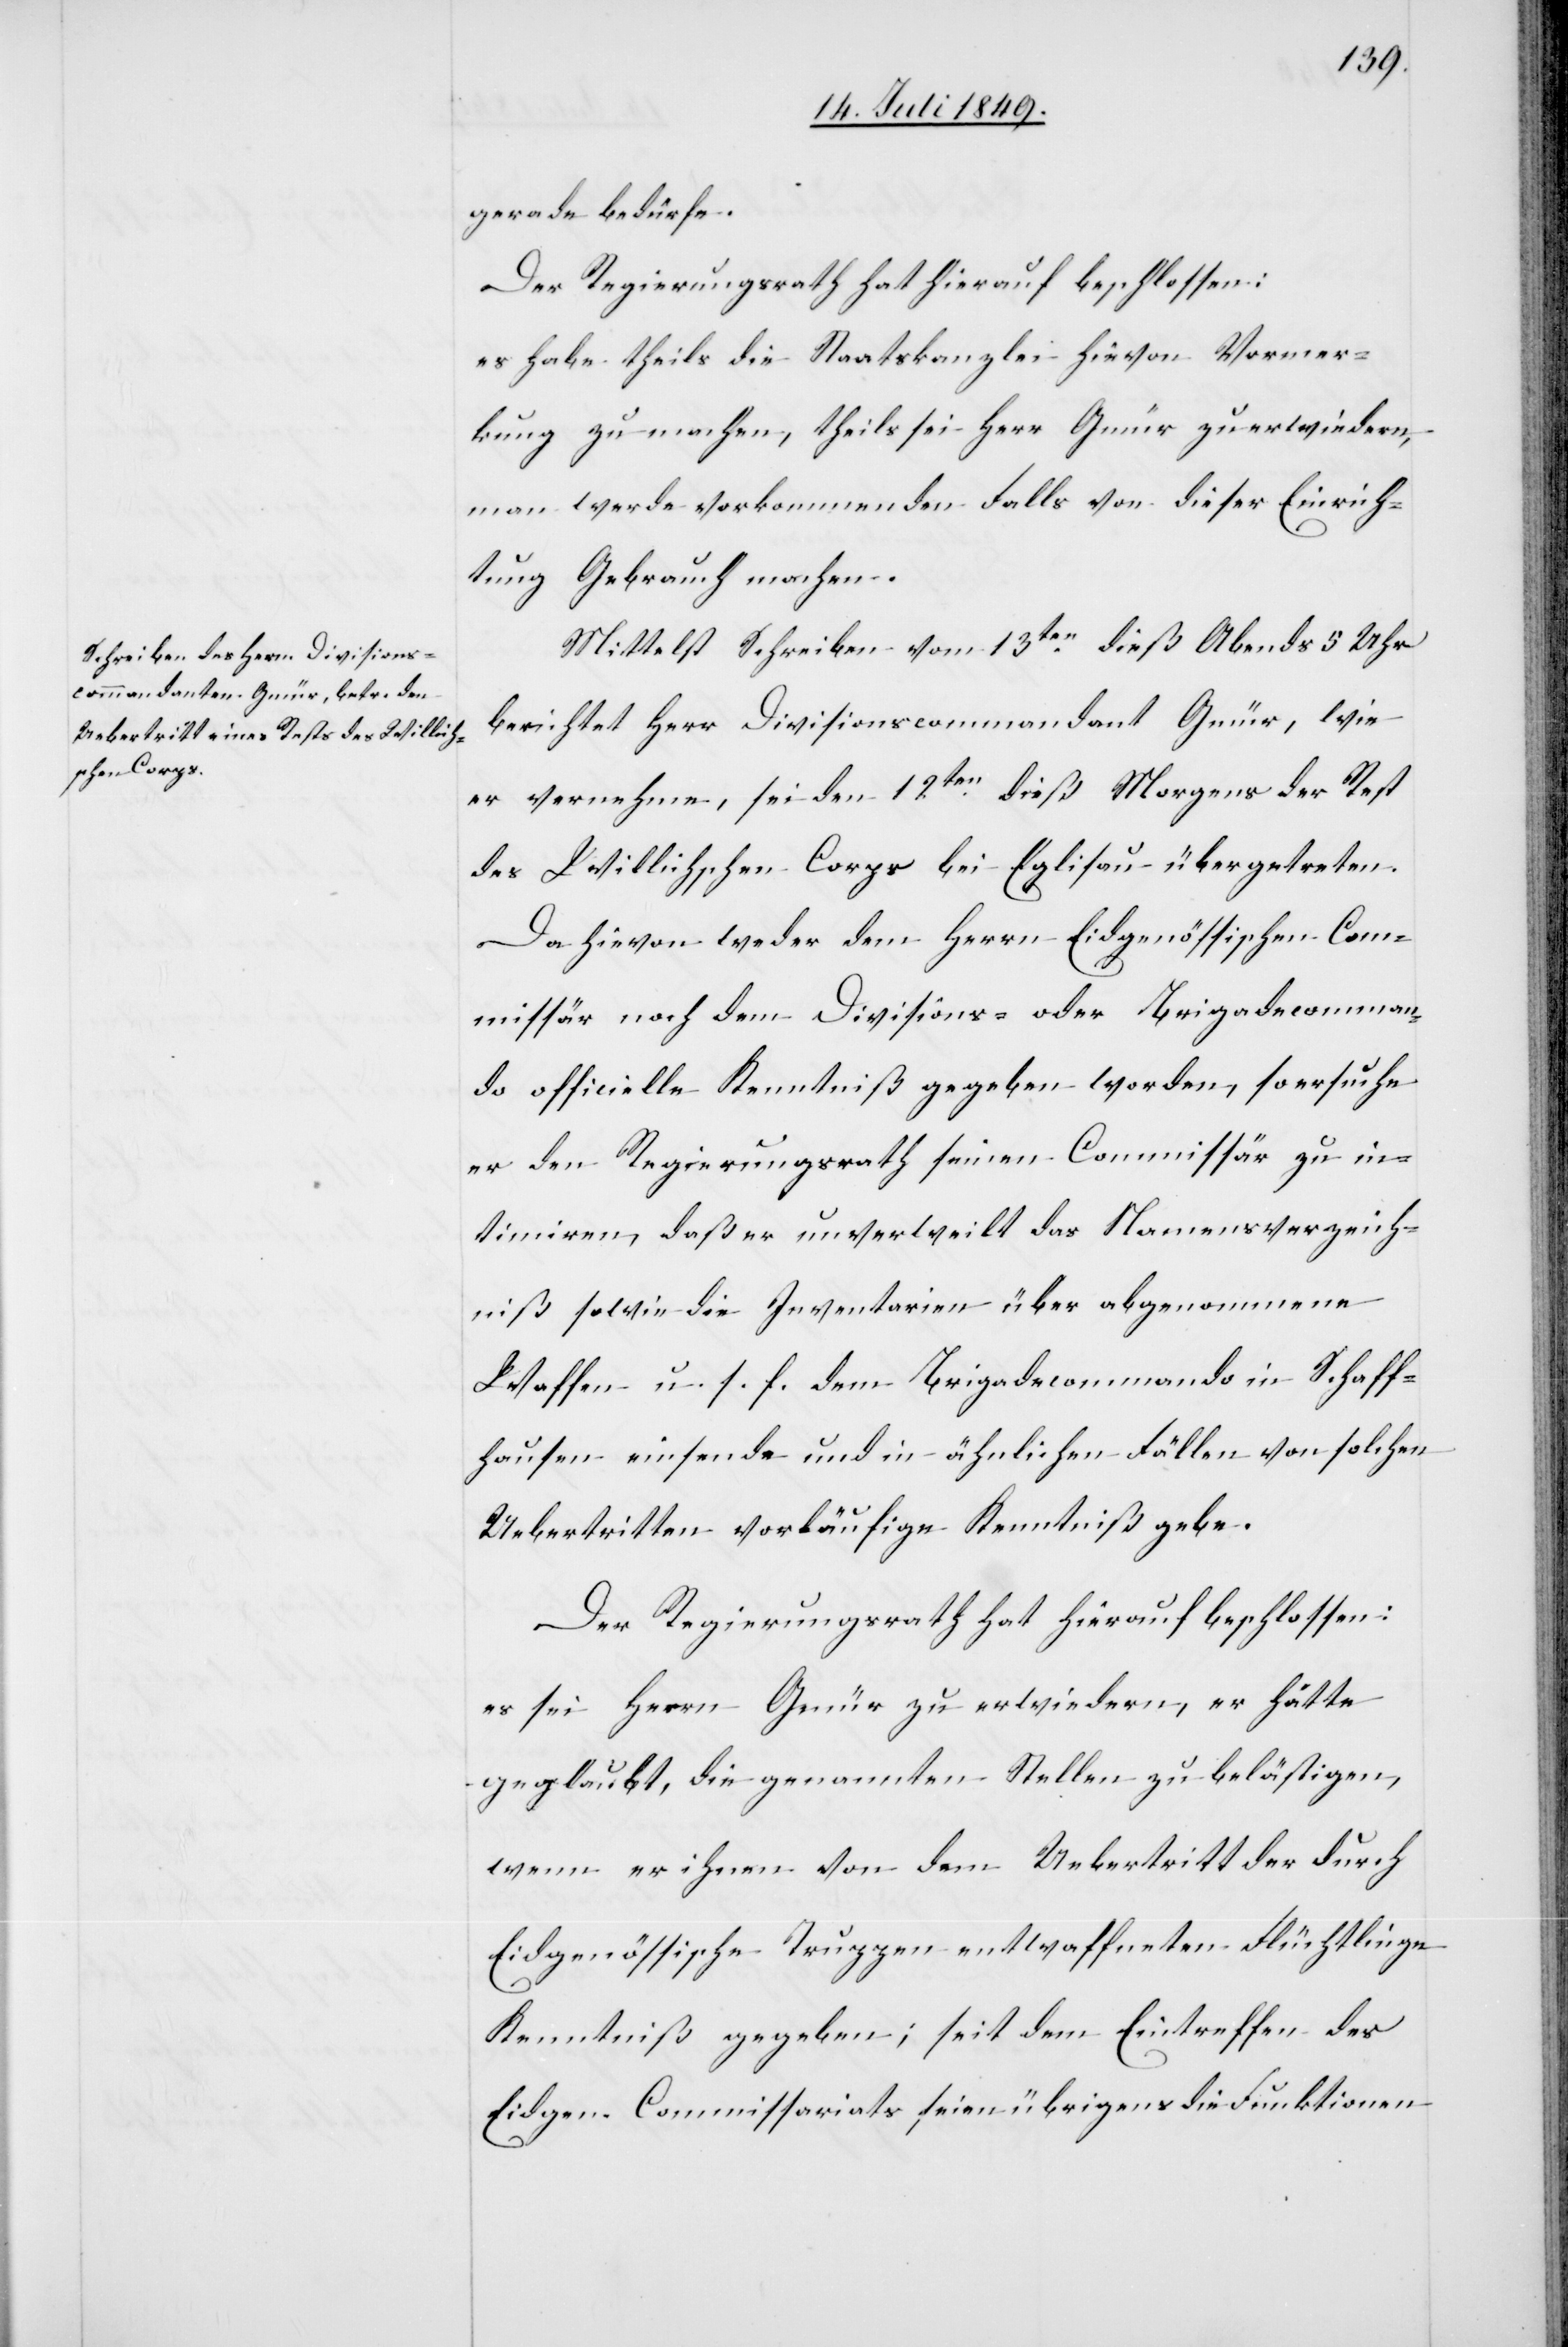
gerade bedürfe.
Der Regierungsrath hat hierauf beschlossen:
es habe theils die Staatskanzlei hievon Vormer¬
kung zu machen, theils sei Herr Gmür zu erwiedern,
man werde vorkommenden Falls von dieser Einrich¬
tung Gebrauch machen.
Mittelst Schreiben vom 13ten dieß Abends 5 Uhr
berichtet Herr Divisioncommandant Gmür, wie
er vernehme, sei den 12ten dieß Morgens der Rest
des Willichschen Corps bei Eglisau übergetreten.
Da hievon weder dem Herrn Eidgenössischen Com¬
missär noch dem Divisionär- oder Brigadecomman¬
do officielle Kenntniß gegeben worden, so ersuche
er den Regierungsrath seinen Commissär zu in¬
timiren, daß er unverweilt das Namensverzeich¬
niß sowie die Inventarien über abgenommene
Waffen u. s. f. dem Brigadecommando in Schaff¬
hausen einsende und in ähnlichen Fällen von solchen
Uebertritten vorläufige Kenntniß gebe.
Der Regierungsrath hat hierauf beschlossen:
es sei Herrn Gmür zu erwiedern, er hätte
geglaubt, die genannten Stellen zu belästigen,
wenn er ihnen von dem Uebertritt der durch
Eidgenössische Truppen entwaffneten Flüchtlinge
Kenntniß gegeben; seit dem Eintreffen des
Eidgen. Commissariats seien übrigens die Funktionen